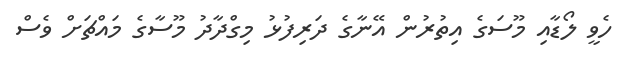
ހެވީ ލޯޑާއި މޫސަގެ އިތުރުން އޭނާގެ ދަރިފުޅު މިގްދާދު މޫސާގެ މައްޗަށް ވެސް